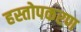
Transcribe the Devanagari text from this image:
हस्तोपकरण